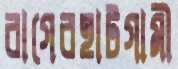
বাগেরহাটগামী